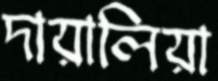
দায়ালিয়া